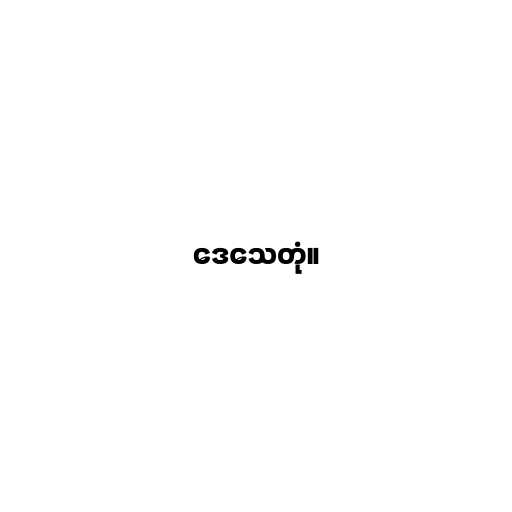
ဒေသေတုံ။